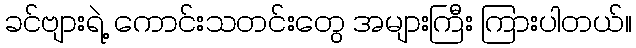
ခင်ဗျားရဲ့ ကောင်းသတင်းတွေ အများကြီး ကြားပါတယ်။